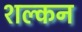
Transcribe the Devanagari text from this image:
शल्‍कन